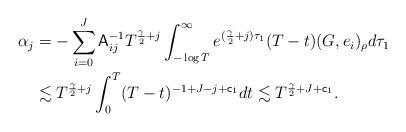
LaTeX: \begin{align*} \alpha_j &= - \sum_{i=0}^J {\sf A}_{ij}^{-1} T^{\frac{\gamma}{2}+j} \int_{-\log T}^\infty e^{(\frac{\gamma}{2}+j)\tau_1} (T-t) (G,e_i)_\rho d\tau_1 \\ &\lesssim T^{\frac{\gamma}{2}+j} \int_0^T (T-t)^{-1+J-j+{\sf c}_1} dt \lesssim T^{\frac{\gamma}{2}+J+{\sf c}_1}. \end{align*}